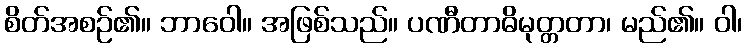
စိတ်အစဉ်၏။ ဘာဝေါ။ အဖြစ်သည်။ ပဏီတာဓိမုတ္တတာ၊ မည်၏။ ဝါ၊